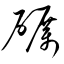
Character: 礪